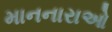
માનનારાઓ